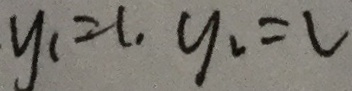
y _ { 1 } = 1 y _ { 2 } = 2